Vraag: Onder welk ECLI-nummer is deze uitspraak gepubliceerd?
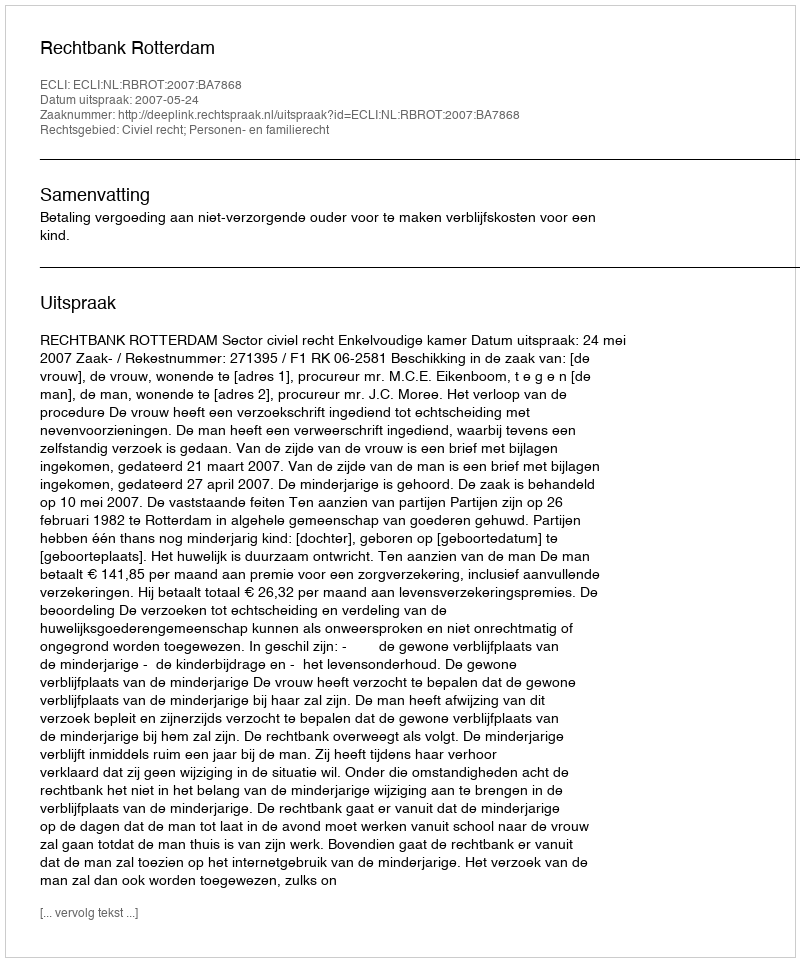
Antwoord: ECLI:NL:RBROT:2007:BA7868